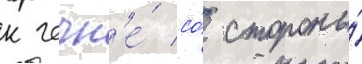
к чечн'е́ со́ стороны́